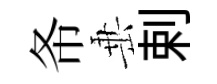
𢁙𡸁剌